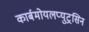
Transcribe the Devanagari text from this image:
कार्बमोयलप्युट्रसिन